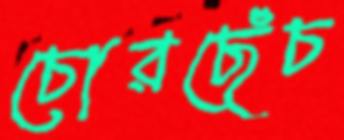
চোরছেঁচ